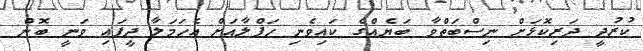
ކުރުދީ ދަރިކޮޅަށް ނިސްބަތްވާ ބަޔެއްގެ ކައިވެނި ހަފްލާއަށް އެހަމަލާ ދީފައި ވަނީ ބޮން